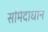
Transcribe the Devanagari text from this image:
समिदाधान